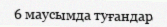
6 маусымда туғандар